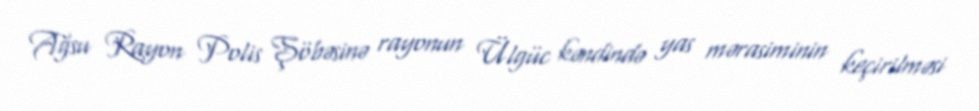
Ağsu Rayon Polis Şöbəsinə rayonun Ülgüc kəndində yas mərasiminin keçirilməsi